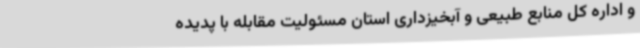
و اداره کل منابع طبیعی و آبخیزداری استان مسئولیت مقابله با پدیده